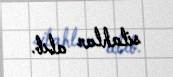
silahlar alıb.